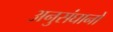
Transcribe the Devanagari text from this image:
अनुसंघानों